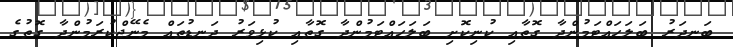
ބަނދަރު ބަލަހައްޓަމުންދާ ގޮތާއި ކުނިކޮށި ބަލަހައްޓަމުންދާ ގޮތާއި ކުޅިވަރު ދަނޑުތައް މެނޭޖްކުރަމުންދާ ގޮތުގެ